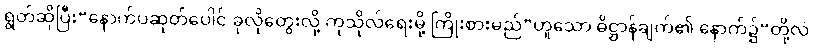
ရွတ်ဆိုပြီး“နောက်ပဆုတ်ပေါင် ခုလိုတွေးလို့ ကုသိုလ်ရေးမို့ ကြိုးစားမည်”ဟူသော ဓိဋ္ဌာန်ချက်၏ နောက်၌“တို့လဲ